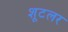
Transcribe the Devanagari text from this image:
शूटलर